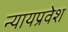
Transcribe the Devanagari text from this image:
न्यायप्रवेश